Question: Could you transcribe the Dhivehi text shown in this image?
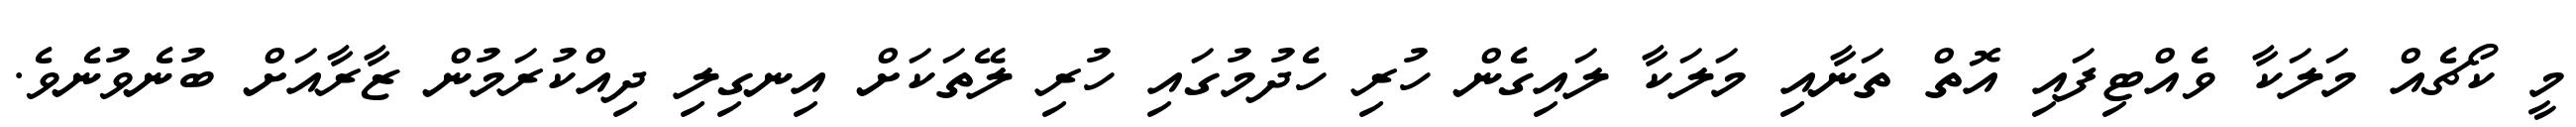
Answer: މީ ކޯޗެއް މަލަކާ ވެއްޓިފައި އޮތް ތަނާއި މަލަކާ ލައިގެން ހުރި ހެދުމުގައި ހުރި ލޭތަކަށް އިނގިލި ދިއްކުރަމުން ޒާރާއަށް ބުނެވުނެވެ.